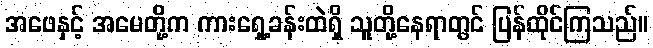
အဖေနှင့် အမေတို့က ကားရှေ့ခန်းထဲရှိ သူတို့နေရာတွင် ပြန်ထိုင်ကြသည်။